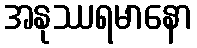
အနုဿရမာနော